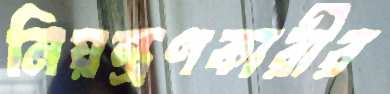
নিয়ন্ত্রণকারীর